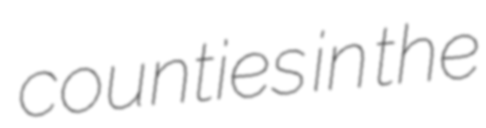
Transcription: counties in the